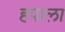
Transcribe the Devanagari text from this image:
हपाला